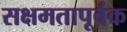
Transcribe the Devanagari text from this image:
सक्षमतापूर्वक